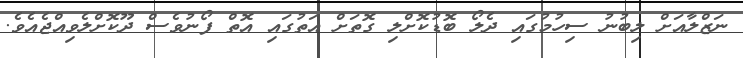
ނަޒްލާއަށް ލިބުނު ސިހުމުގައި ދެލޯ ބޮޑުކޮށްލި ގޮތަށް އަތުގައި އޮތް ފޯނުވެސް ދޫކޮށްލެވިއްޖެއެވެ.